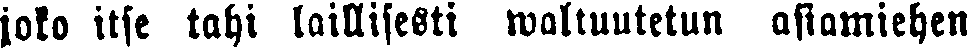
joko itse tahi laillisesti waltuutetun asiamiehen